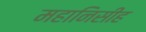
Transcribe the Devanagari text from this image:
महानिसीह